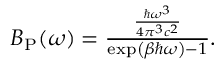
\begin{array} { r } { B _ { \mathrm { P } } ( \omega ) = \frac { \frac { \hbar \omega ^ { 3 } } { 4 \pi ^ { 3 } c ^ { 2 } } } { \exp \left( \beta \hbar \omega \right) - 1 } . } \end{array}